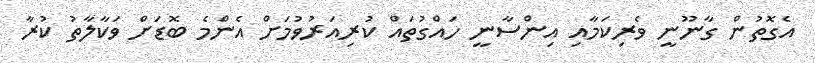
އެގޮތުން ގާނޫނީ ވެރިކަމާއި އިންސާނީ ހައްގުތައް ކުރިއަރުވުމަށް އެންމެ ބޮޑަށް ވަކާލާތު ކުރާ